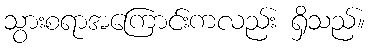
သွားစရာအကြောင်းကလည်း ရှိသည်။